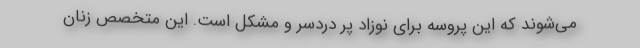
می‌شوند که این پروسه برای نوزاد پر دردسر و مشکل است. این متخصص زنان